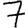
Digit: 7